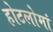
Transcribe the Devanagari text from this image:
होटलोमां